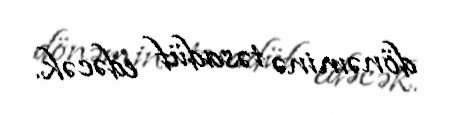
dönəminə təsadüf edəcək.